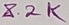
Text: 8.2K